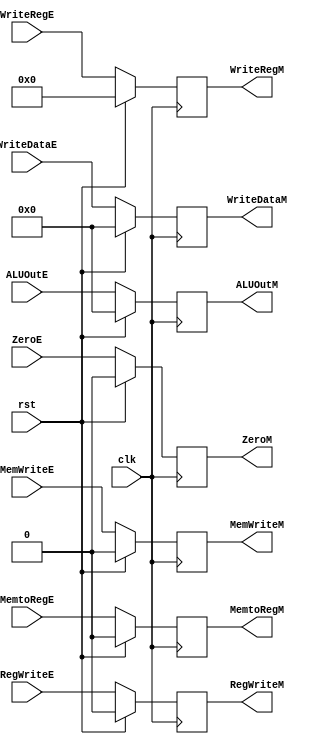
module EXMEM(
    clk,
    rst,
    RegWriteE,
    MemtoRegE,
    MemWriteE,
    ZeroE,
    ALUOutE,
    WriteDataE,
    WriteRegE,
    RegWriteM,
    MemtoRegM,
    MemWriteM,
    ZeroM,
    ALUOutM,
    WriteDataM,
    WriteRegM,
);

input clk, rst, RegWriteE, MemtoRegE, MemWriteE, ZeroE;
input [4:0] WriteRegE;
input [31:0] ALUOutE, WriteDataE;

output reg RegWriteM, MemtoRegM, MemWriteM,  ZeroM;
output reg [4:0] WriteRegM;
output reg [31:0] ALUOutM, WriteDataM;

always @(posedge clk) begin
    if (rst) begin
        {RegWriteM, MemtoRegM, MemWriteM, ZeroM, WriteRegM, ALUOutM, WriteDataM} <= 0;
    end
    else begin
        RegWriteM <= RegWriteE;
        MemtoRegM <= MemtoRegE;
        MemWriteM <= MemWriteE;
        ZeroM <= ZeroE;
        WriteRegM <= WriteRegE;
        ALUOutM <= ALUOutE;
        WriteDataM <= WriteDataE;
    end
end

endmodule